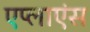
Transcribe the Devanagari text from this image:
एप्लाएंस